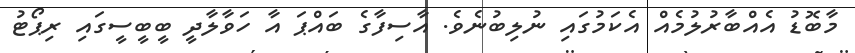
މާބޮޑު އެއްބާރުލުމެއް އެކަމުުގައި ނުލިބުނެވެ. އާސިފާގެ ބައްޕަ އާ ހަވާލާދީ ބީބީސީގައި ރިޕޯޓު